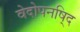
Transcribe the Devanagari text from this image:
वेदोपनषि्द